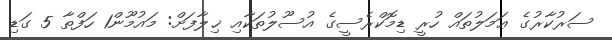
ސަރުކާރުގެ ޢަމަލުތައް ހުރީ ޑިމޮކްރެސީގެ އުސޫލުތަކާއި ޚިލާފަށް: މައުމޫން1 ހަފްތާ 5 ގަޑި